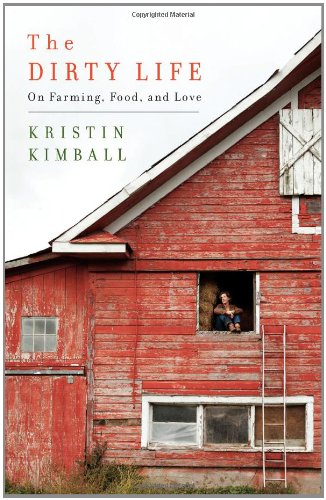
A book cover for The Dirty Life: On Farming, Food, and Love; Kristin Kimball; Politics & Social Sciences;